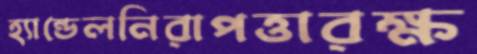
হ্যান্ডেলনিরাপত্তারক্ষ